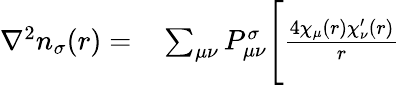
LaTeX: \begin{array}{rl}{\nabla^{2}n_{\sigma}(r)=}&{{}\sum_{\mu\nu}P_{\mu\nu}^{\sigma}\Bigg[\frac{4\chi_{\mu}(r)\chi_{\nu}^{\prime}(r)}{r}}\end{array}